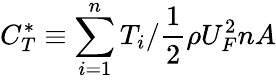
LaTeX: C_{T}^{*}\equiv\sum_{i=1}^{n}T_{i}/\frac{1}{2}\rho U_{F}^{2}nA